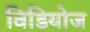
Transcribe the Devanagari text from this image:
विडियोज